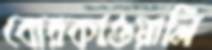
বোরকাওয়ালি